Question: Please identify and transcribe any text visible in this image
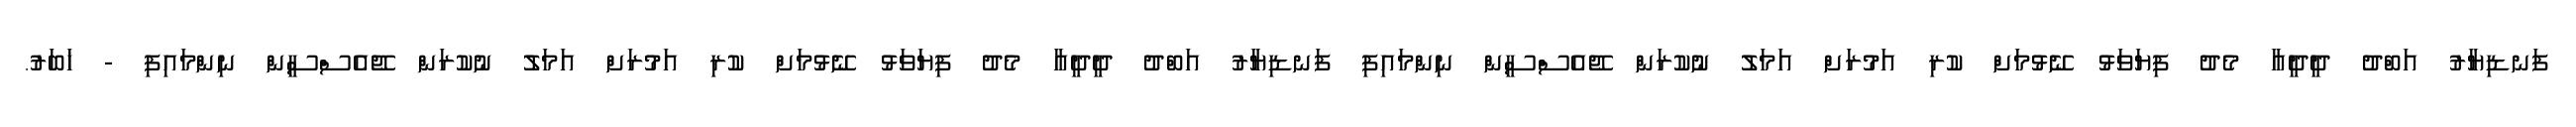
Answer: ފަނޑިޔާރު އަބްދު ދީދީއާ މެދު ފިޔަވަޅު ނޭޅުމަށް ކުރި އަމުރަށް އަމަލު ނުކުރަން ޖޭއެސްސީން ނިންމައިފި ފަނޑިޔާރު އަބްދު ދީދީއާ މެދު ފިޔަވަޅު ނޭޅުމަށް ކުރި އަމުރަށް އަމަލު ނުކުރަން ޖޭއެސްސީން ނިންމައިފި - ޚަބަރު.